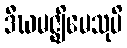
ဒီဃမဇ္ဈိမေသုပိ